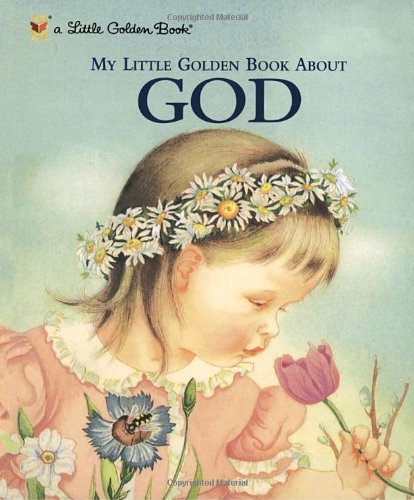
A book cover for My Little Golden Book About God; Jane Werner Watson; Children's Books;